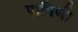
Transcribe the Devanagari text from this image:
पापिणी